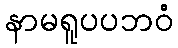
နာမရူပပဘဝံ